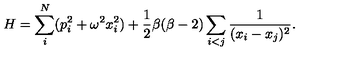
H = \sum _ { i } ^ { N } ( p _ { i } ^ { 2 } + \omega ^ { 2 } x _ { i } ^ { 2 } ) + { \frac { 1 } { 2 } } \beta ( \beta - 2 ) \sum _ { i < j } { \frac { 1 } { ( x _ { i } - x _ { j } ) ^ { 2 } } } .